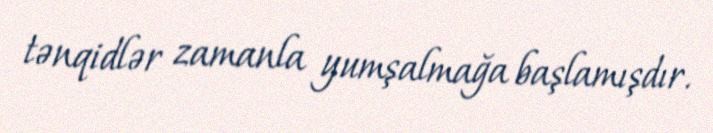
tənqidlər zamanla yumşalmağa başlamışdır.